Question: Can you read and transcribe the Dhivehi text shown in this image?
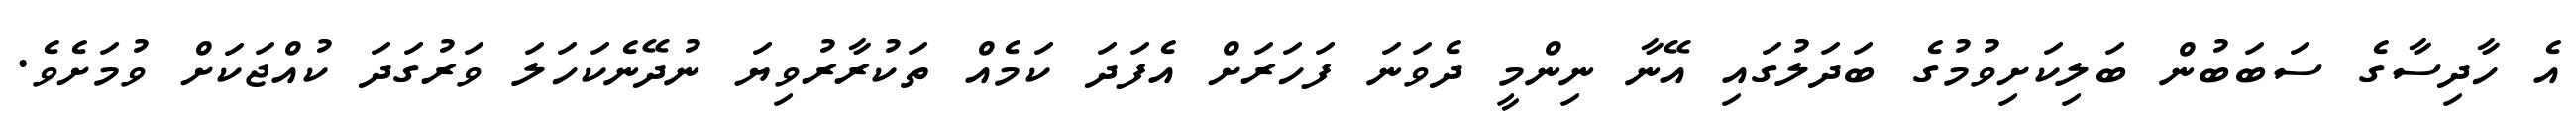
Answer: އެ ހާދިސާގެ ސަބަބުން ބަލިކަށިވުމުގެ ބަދަލުގައި އޭނާ ނިންމީ ދެވަނަ ފަހަރަށް އެފަދަ ކަމެއް ތަކުރާރުވިޔަ ނުދޭނެކަހަލަ ވަރުގަދަ ކުއްޖަކަށް ވުމަށެވެ.